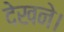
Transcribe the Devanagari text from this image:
देखने।